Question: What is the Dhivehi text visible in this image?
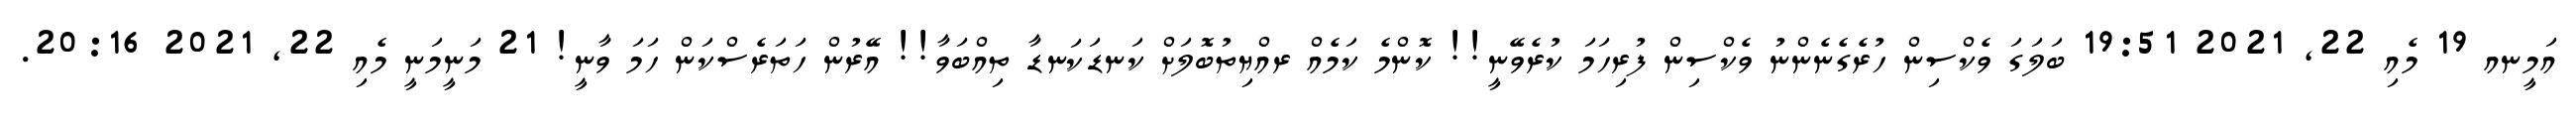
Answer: އަމީނއ 19 މެއި 22, 2021 19:51 ބަލަގަ ވެކްސިން ހުރެގެނެންނު ވެކްސިން ފުރިހަމަ ކުރެވޭނީ!! ކޮންމެ ކަމެއް ރއްޔިތުބޮލަށް ކަނޑަކަނޑާ ތިއްބަވާ!! އޭރުން ހަތަރެސްކަން ހަމަ ވާނީ! 21 މަނީމަނީ މެއި 22, 2021 20:16.